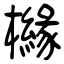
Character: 櫞